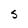
Character: S